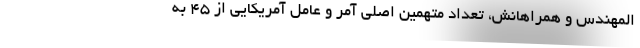
المهندس و همراهانش، تعداد متهمین اصلی آمر و عامل آمریکایی از ۴۵ به